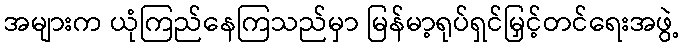
အများက ယုံကြည်နေကြသည်မှာ မြန်မာ့ရုပ်ရှင်မြှင့်တင်ရေးအဖွဲ့